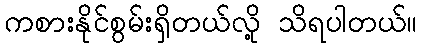
ကစားနိုင်စွမ်းရှိတယ်လို့ သိရပါတယ်။